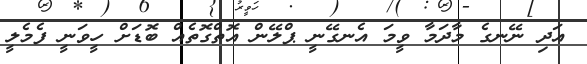
އަދި ނޭނގެ މާދަމާ ވީމަ އެނގޭނީ ޕްލޭން އޮތްގޮތެއް ބޮޑަށް ހީވަނީ ފެމެލީ